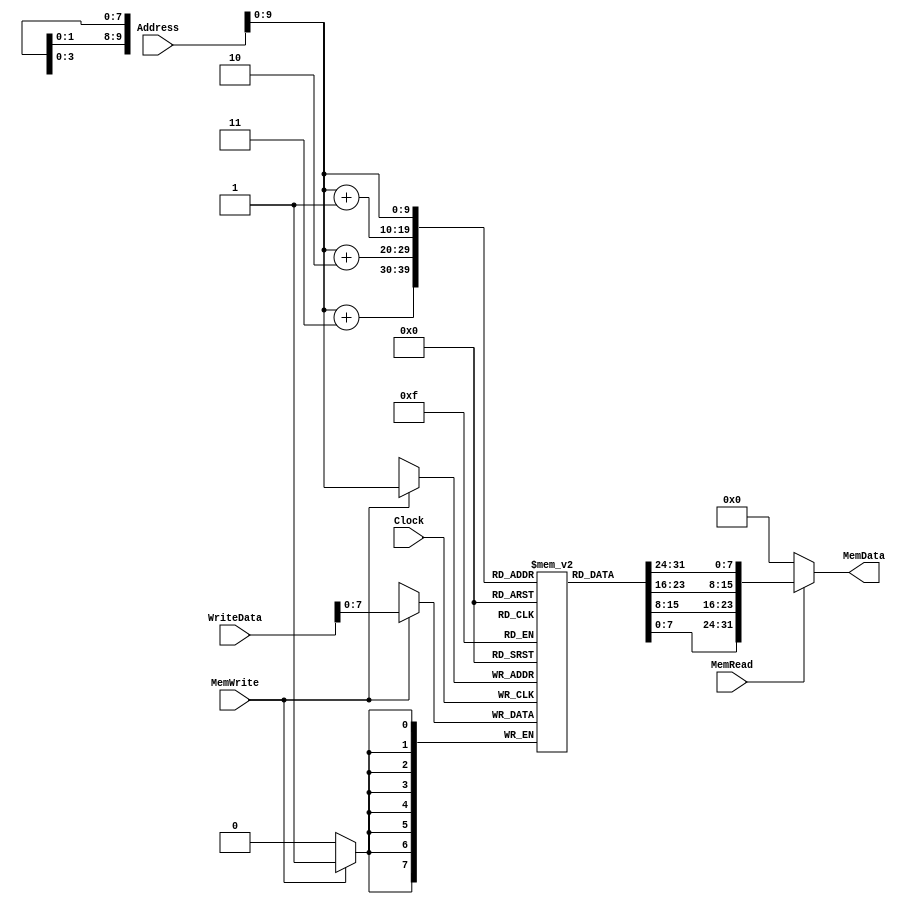
// Memory for Multi-cycle Implementation

module Memory(MemData,Address,WriteData,MemRead,MemWrite,Clock);

   // Port Declarations
   output [31:0] MemData;
   input [31:0]  WriteData,Address; 
   input 	 MemRead,MemWrite,Clock;

   reg [7:0] 	 Memory[0:1023];

   initial
     begin
	//ADD Rd,Rs1,Rs2 000000 10001 10010 00001 00000 000100
	{Memory[0],Memory[1],Memory[2],Memory[3]} = 32'b000000_10000_10010_00001_00000_000100;
	//SUB Rd,Rs1,Rs2 000000 10001 10010 00001 00000 000110
	{Memory[4],Memory[5],Memory[6],Memory[7]} = 32'b000000_10001_10010_00001_00000_000110;
	//AND Rd,Rs1,Rs2 000000 10001 10010 00001 00000 001000
	{Memory[8],Memory[9],Memory[10],Memory[11]} = 32'b000000_10001_10010_00001_00000_001000;
	//OR  Rd,Rs1,Rs2 000000 10001 10010 00001 00000 001001
	{Memory[12],Memory[13],Memory[14],Memory[15]} = 32'b000000_10001_10010_00001_00000_001001;
	//XOR Rd,Rs1,Rs2 000000 10001 10010 00001 00000 001010
	{Memory[16],Memory[17],Memory[18],Memory[19]} = 32'b000000_10001_10010_00001_00000_001010;
	//SLL Rd,Rs1,Rs2 000000 10001 10010 00001 00000 001100
	{Memory[20],Memory[21],Memory[22],Memory[23]} = 32'b000000_10001_10010_00001_00000_001100;
	//SRL Rd,Rs1,Rs2 000000 10001 10010 00001 00000 001110
	{Memory[24],Memory[25],Memory[26],Memory[27]} = 32'b000000_10001_10010_00001_00000_001110;
	//SRA Rd,Rs1,Rs2 000000 10001 10010 00001 00000 001111
	{Memory[28],Memory[29],Memory[30],Memory[31]} = 32'b000000_10001_10010_00001_00000_001111;

	//I
	//ADDI Rd,Rs1,Imm 010100 10001 00001 0000000011001100 204
	{Memory[32],Memory[33],Memory[34],Memory[35]} = 32'b010100_10001_00001_0000000011001100;
	//SUBI Rd,Rs1,Imm 010110 10001 00001 0000000011001100
	{Memory[36],Memory[37],Memory[38],Memory[39]} = 32'b010110_10001_00001_0000000011001100;
	//ANDI Rd,Rs1,Imm 011000 10001 00001 0000000011001100
	{Memory[40],Memory[41],Memory[42],Memory[43]} = 32'b011000_10001_00001_0000000011001100;
	//ORI  Rd,Rs1,Imm 011001 10001 00001 0000000011001100
	{Memory[44],Memory[45],Memory[46],Memory[47]} = 32'b011001_10001_00001_0000000011001100;
	//XORI Rd,Rs1,Imm 011010 10001 00001 0000000011001100
	{Memory[48],Memory[49],Memory[50],Memory[51]} = 32'b011010_10001_00001_0000000011001100;
	//SLLI Rd,Rs1,Imm 011100 10001 00001 0000000011001100
	{Memory[52],Memory[53],Memory[54],Memory[55]} = 32'b011100_10001_00001_0000000011001100;
	//SRLI Rd,Rs1,Imm 011110 10001 00001 0000000011001100
	{Memory[56],Memory[57],Memory[58],Memory[59]} = 32'b011110_10001_00001_0000000011001100;
	//SRAI Rd,Rs1,Imm 011111 10001 00001 0000000011001100
	{Memory[60],Memory[61],Memory[62],Memory[63]} = 32'b011111_10001_00001_0000000011001100;
	//LHI  Rd,Rs1,Imm 011011 10001 00001 0000000011001100
	{Memory[64],Memory[65],Memory[66],Memory[67]} = 32'b011011_10001_00001_0000000011001100;

	//NOP Rd,Rs1,Rs2 000000 00000 00000 00000 00000 000000
	{Memory[68],Memory[69],Memory[70],Memory[71]} = 32'b000000_00000_00000_00000_00000_000000;
	//SEQ Rd,Rs1,Rs2 000000 10001 10010 00001 00000 010000
	{Memory[72],Memory[73],Memory[74],Memory[75]} = 32'b000000_10001_10010_00001_00000_010000;
	//SNE Rd,Rs1,Rs2 000000 10001 10010 00001 00000 010010
	{Memory[76],Memory[77],Memory[78],Memory[79]} = 32'b000000_10001_10010_00001_00000_010010;
	//SLT Rd,Rs1,Rs2 000000 10001 10010 00001 00000 010100
	{Memory[80],Memory[81],Memory[82],Memory[83]} = 32'b000000_10001_10010_00001_00000_010100;
	//SLE Rd,Rs1,Rs2 000000 10001 10010 00001 00000 010110
	{Memory[84],Memory[85],Memory[86],Memory[87]} = 32'b000000_10001_10010_00001_00000_010110;
	//SGT Rd,Rs1,Rs2 000000 10001 10010 00001 00000 011000
	{Memory[88],Memory[89],Memory[90],Memory[91]} = 32'b000000_10001_10010_00001_00000_011000;
	//SGE Rd,Rs1,Rs2 000000 10001 10010 00001 00000 011010
	{Memory[92],Memory[93],Memory[94],Memory[95]} = 32'b000000_10001_10010_00001_00000_011010;

	//I
	//SEQI  Rd,Rs1,Imm 100000 10001 00001 0000000011001100
	{Memory[96],Memory[97],Memory[98],Memory[99]} = 32'b100000_10001_00001_0000000011001100;
	//SNEI  Rd,Rs1,Imm 100010 10001 00001 0000000011001100
	{Memory[100],Memory[101],Memory[102],Memory[103]} = 32'b100010_10001_00001_0000000011001100;
	//SLTI  Rd,Rs1,Imm 100100 10001 00001 0000000011001100
	{Memory[104],Memory[105],Memory[106],Memory[107]} = 32'b100100_10001_00001_0000000011001100;
	//SLEI  Rd,Rs1,Imm 100110 10001 00001 0000000011001100
	{Memory[108],Memory[109],Memory[110],Memory[111]} = 32'b100110_10001_00001_0000000011001100;
	//SGTI  Rd,Rs1,Imm 101000 10001 00001 0000000011001100
	{Memory[112],Memory[113],Memory[114],Memory[115]} = 32'b101000_10001_00001_0000000011001100;
	//SGEI  Rd,Rs1,Imm 101010 10001 00001 0000000011001100
	{Memory[116],Memory[117],Memory[118],Memory[119]} = 32'b101010_10001_00001_0000000011001100;
	
     end // initial begin

   // Read from memory
   assign MemData = MemRead ? {Memory[Address],Memory[Address+1],Memory[Address+2],Memory[Address+3]} :0;

   //Write to memory
   always @ (posedge Clock) 
     begin
	if (MemWrite) 
	  begin
	     Memory[Address] <= WriteData; 
	  end
     end
endmodule // Memory